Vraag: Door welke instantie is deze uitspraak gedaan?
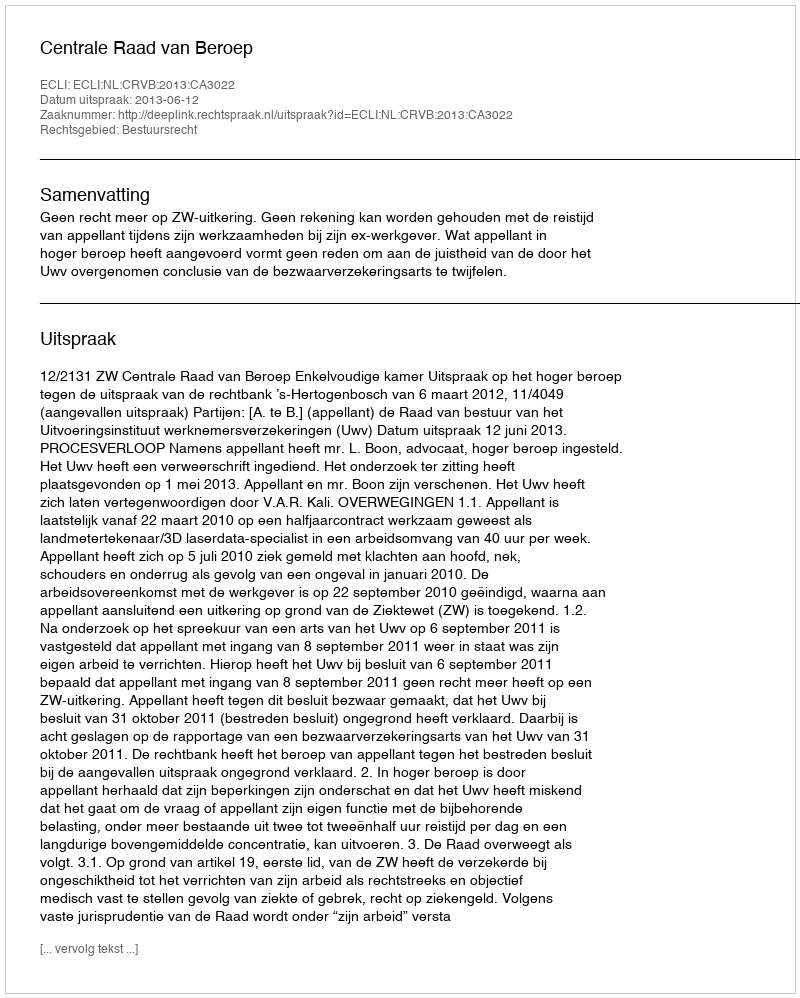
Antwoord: Centrale Raad van Beroep